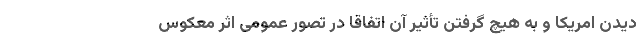
دیدن امریکا و به هیچ گرفتن تأثیر آن اتفاقاً در تصور عمومی اثر معکوس